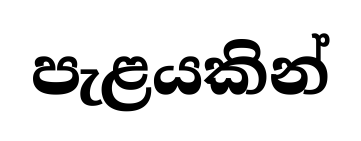
පැළයකින්